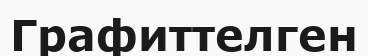
Графиттелген